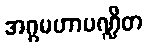
အဂ္ဂမဟာပဏ္ဍိတ